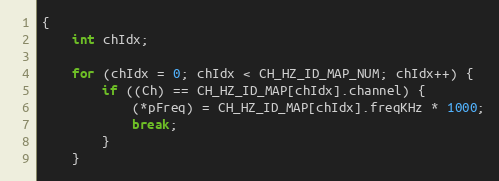
Language: C
{
	int chIdx;

	for (chIdx = 0; chIdx < CH_HZ_ID_MAP_NUM; chIdx++) {
		if ((Ch) == CH_HZ_ID_MAP[chIdx].channel) {
			(*pFreq) = CH_HZ_ID_MAP[chIdx].freqKHz * 1000;
			break;
		}
	}